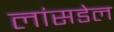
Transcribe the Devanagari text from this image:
लांसडेल